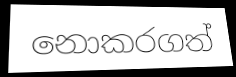
නොකරගත්